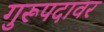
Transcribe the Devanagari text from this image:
गुरूपदावर